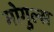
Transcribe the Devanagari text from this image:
मोगुल्स